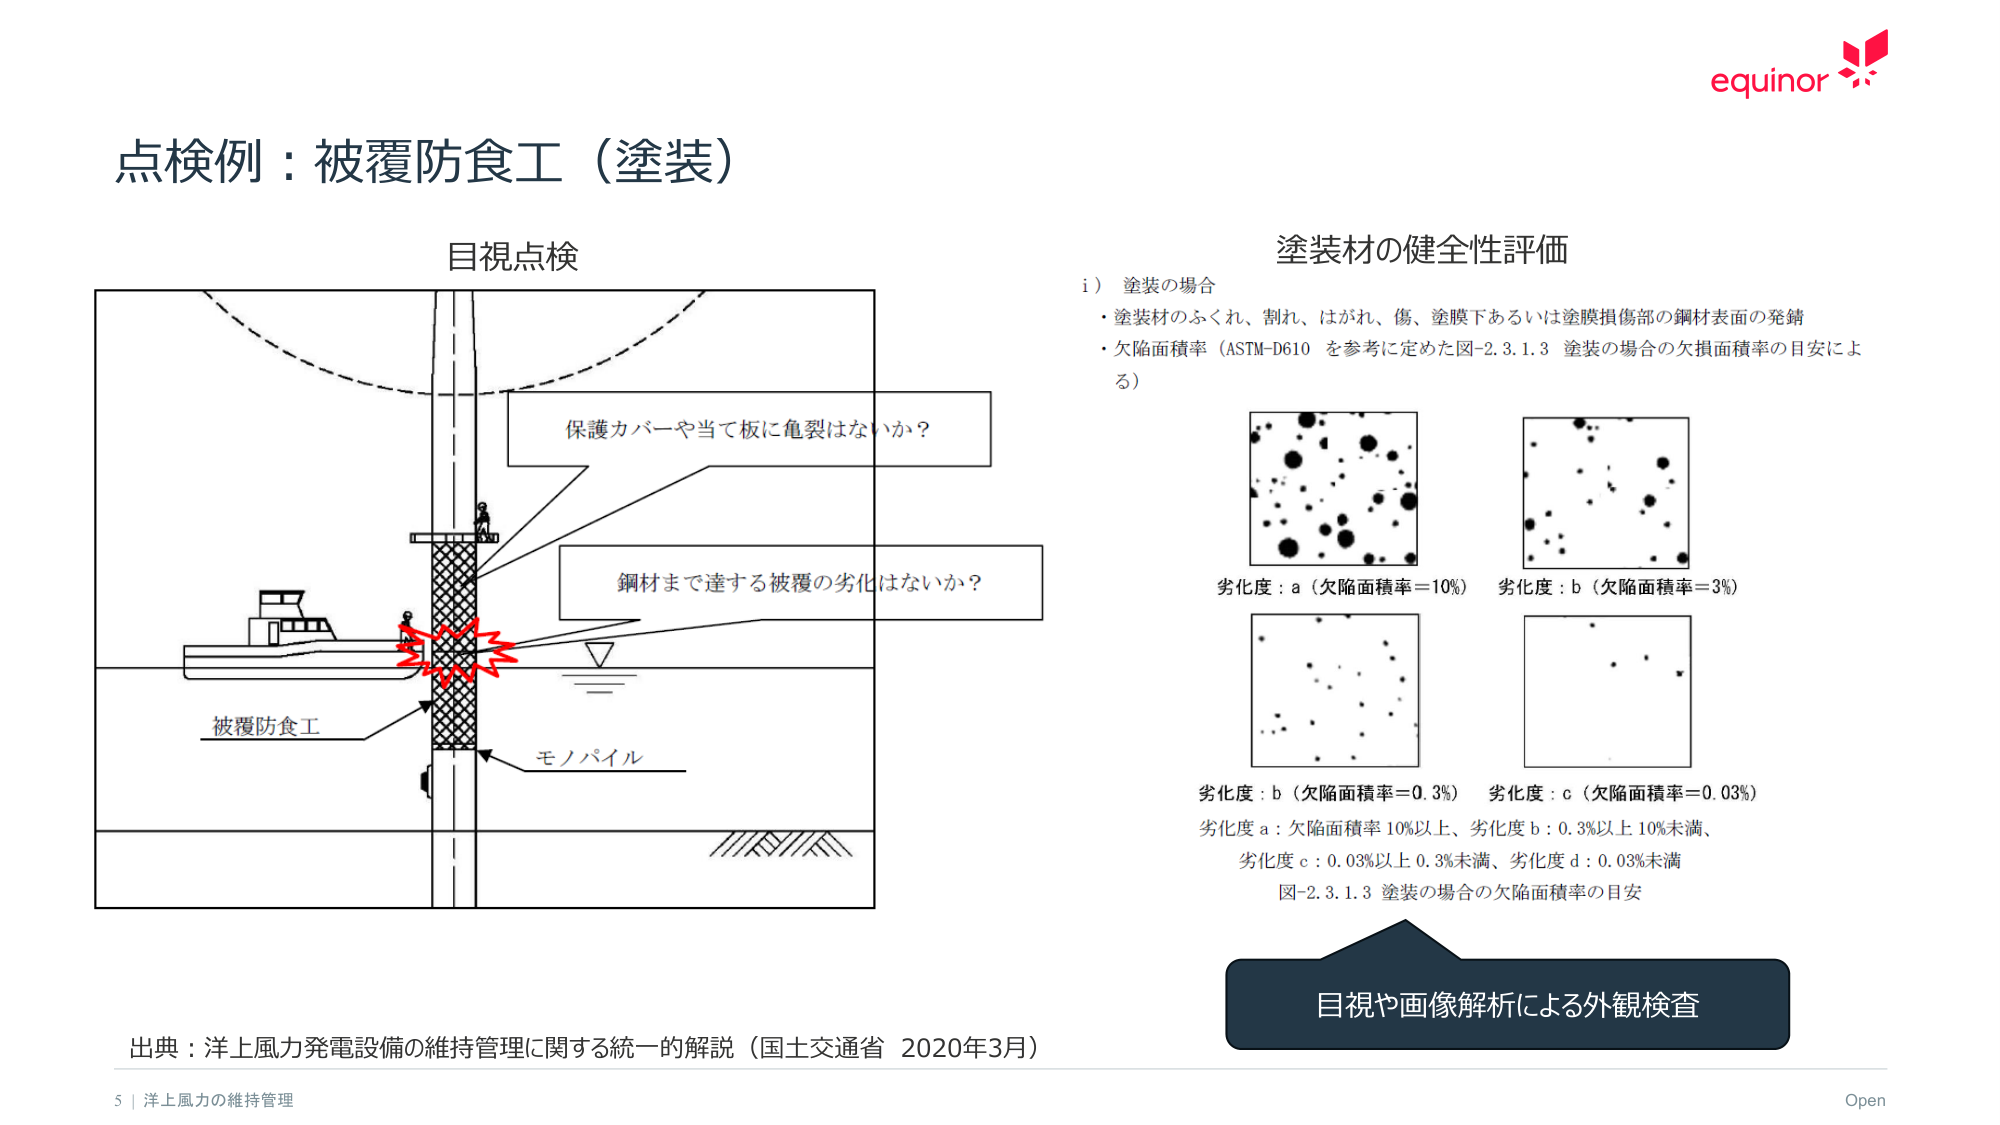
点検例：被覆防食工（塗装）

目視点検

保護カバーや当て板に亀裂はないか？

鋼材まで達する被覆の劣化はないか？

被覆防食工

モノパイル

塗装材の健全性評価

i）塗装の場合
・塗装材のふくれ、割れ、はがれ、傷、塗膜下あるいは塗膜損傷部の鋼材表面の発錆
・欠陥面積率（ASTM-D610 を参考に定めた図-2.3.1.3 塗装の場合の欠損面積率の目安による）

劣化度：a（欠陥面積率＝10%）
劣化度：b（欠陥面積率＝3%）
劣化度：b（欠陥面積率＝0.3%）
劣化度：c（欠陥面積率＝0.03%）

劣化度 a：欠陥面積率 10%以上、劣化度 b：0.3%以上 10%未満、
劣化度 c：0.03%以上 0.3%未満、劣化度 d：0.03%未満

図-2.3.1.3 塗装の場合の欠陥面積率の目安

目視や画像解析による外観検査

出典：洋上風力発電設備の維持管理に関する統一的解説（国土交通省 2020年3月）

5 | 洋上風力の維持管理

Open

equinor